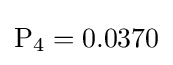
\mathrm {P} _{4}=0.0370